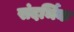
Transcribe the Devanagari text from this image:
संदर्भिक